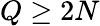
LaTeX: Q\geq 2N